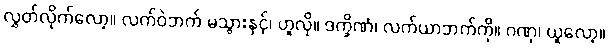
လွှတ်လိုက်လော့။ လက်ဝဲဘက် မသွားနှင့်၊ ဟူလို။ ဒက္ခိဏံ၊ လက်ယာဘက်ကို။ ဂဏှ၊ ယူလော့။